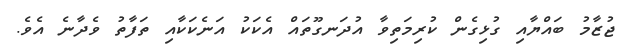
ޖުޒާމު ބައްޔާއި ގުޅިގެން ކުރިމަތިވާ އުދަނގޫތައް އެކަކު އަނެކަކާއި ތަފާތު ވެދާނެ އެވެ.